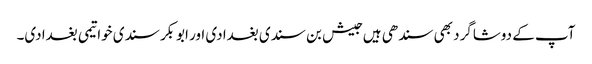
آپ کے دوشاگرد بھی سندھی ہیں جیش بن سندی بغدادی اور ابوبکر سندی خواتیمی بغدادی۔